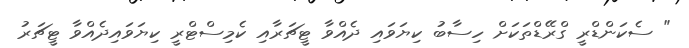
" ސެކަންޑްރީ ގްރޭޑްތަކަށް ހިސާބު ކިޔަވައި ދެއްވާ ޓީޗަރާއި ކެމިސްޓްރީ ކިޔަވައިދެއްވާ ޓީޗަރު